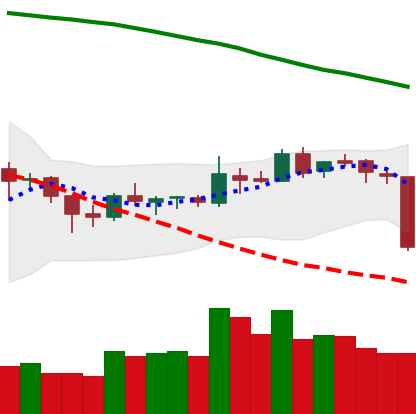
Ticker: BNB-USD
Chart end date: 2018-10-11
Forward return: 7.629%
Label: up_7plus